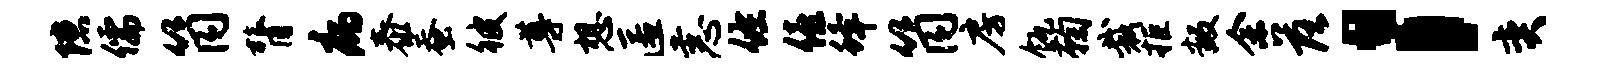
隙儒筒膂病泰蚕彼尊想匿恚佐僖蜂筒房瓴鞠裁拒叛余落；奕